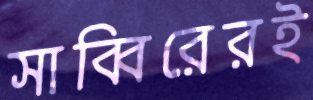
সাব্বিরেরই